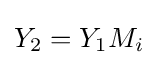
Y_{2}=Y_{1}M_{i}